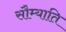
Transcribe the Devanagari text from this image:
सौम्याति